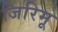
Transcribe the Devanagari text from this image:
जिरिमू